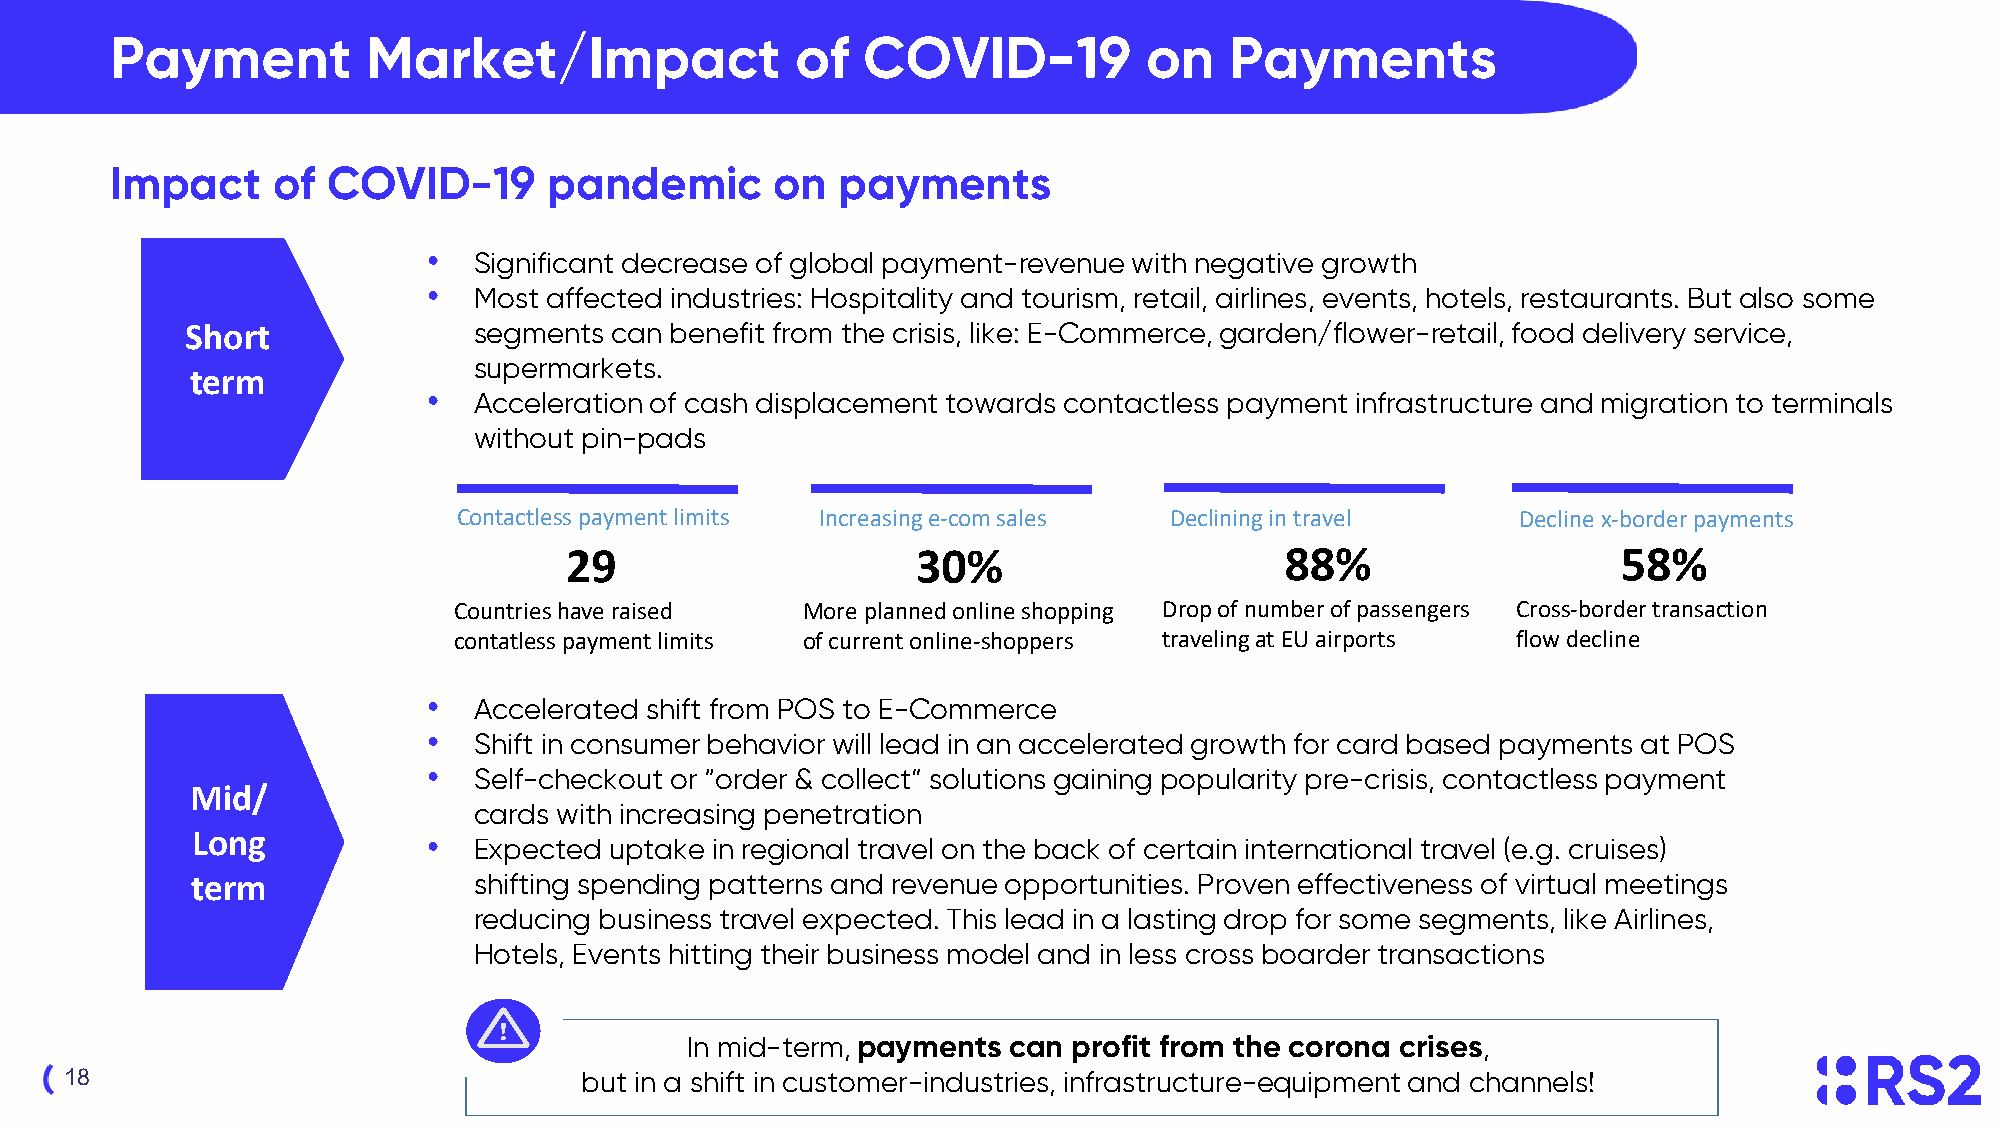
Payment          Market/Impact                of  COVID-19           on   Payments
 Impact     of  COVID-19      pandemic       on   payments
 •  Significant decrease of global payment-revenue with negative growth
 •  Most affected industries: Hospitality and tourism, retail, airlines, events, hotels, restaurants. But also some
 Short              segments can benefit from the crisis, like: E-Commerce, garden/flower-retail, food delivery service,
 supermarkets.
 term
 •  Acceleration of cash displacement towards contactless payment infrastructure and migration to terminals
 without pin-pads
 Contactless payment limits Increasing e-com sales Declining in travel  Decline x-border payments
 29                      30%                     88%                   58%
 Countries have raised  More planned online shopping Drop of number of passengers Cross-border transaction
 contatless payment limits of current online-shoppers traveling at EU airports flow decline
 •  Accelerated shift from POS to E-Commerce
 •  Shift in consumer behavior will lead in an accelerated growth for card based payments at POS
 •  Self-checkout or “order & collect” solutions gaining popularity pre-crisis, contactless payment
 Mid/
 cards with increasing penetration
 Long           •  Expected uptake in regional travel on the back of certain international travel (e.g. cruises)
 term              shifting spending patterns and revenue opportunities. Proven effectiveness of virtual meetings
 reducing business travel expected. This lead in a lasting drop for some segments, like Airlines,
 Hotels, Events hitting their business model and in less cross boarder transactions
 In mid-term, payments can profit from the corona crises,
 18                                but in a shift in customer-industries, infrastructure-equipment and channels!